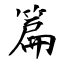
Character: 篇